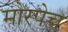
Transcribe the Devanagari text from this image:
मोरपेच